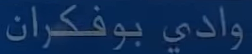
وادي بوفكران